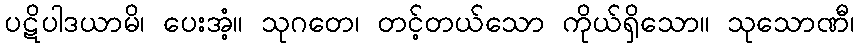
ပဋိပါဒယာမိ၊ ပေးအံ့။ သုဂတေ၊ တင့်တယ်သော ကိုယ်ရှိသော။ သုသောဏီ၊